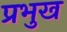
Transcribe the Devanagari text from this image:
प्रभुख